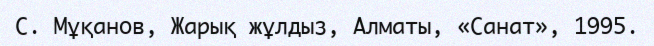
С. Мұқанов, Жарық жұлдыз, Алматы, «Санат», 1995.